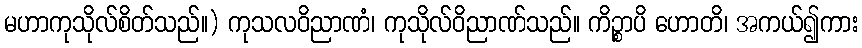
မဟာကုသိုလ်စိတ်သည်။) ကုသလဝိညာဏံ၊ ကုသိုလ်ဝိညာဏ်သည်။ ကိဉ္စာပိ ဟောတိ၊ အကယ်၍ကား